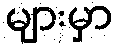
များမှာ